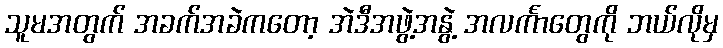
သူမအတွက် အခက်အခဲကတော့ အဲဒီအဖွဲ့အနွဲ့ အလင်္ကာတွေကို ဘယ်လိုမှ